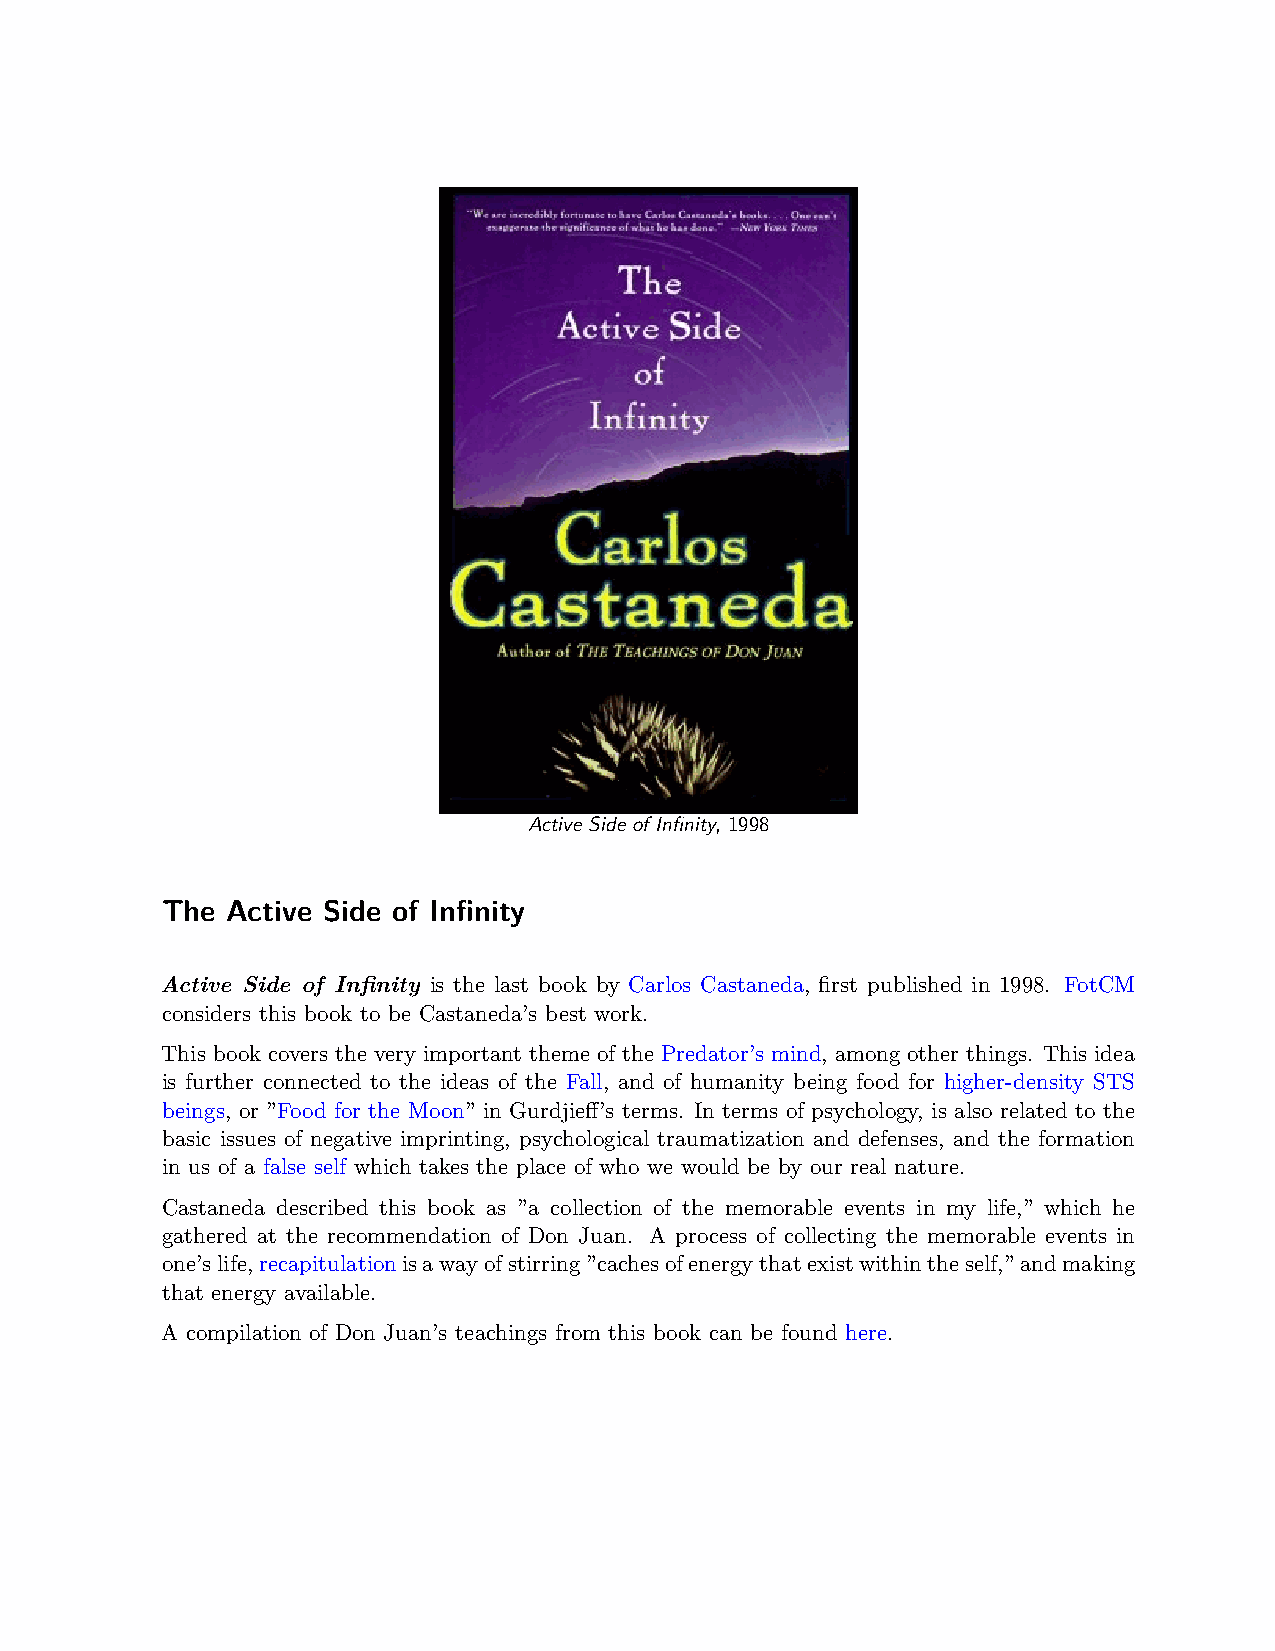
Active Side of Infinity, 1998
 The Active Side of Infinity
 Active Side of Infinity is the last book by Carlos Castaneda, first published in 1998. FotCM
 considers this book to be Castaneda’s best work.
 This book covers the very important theme of the Predator’s mind, among other things. This idea
 is further connected to the ideas of the Fall, and of humanity being food for higher-density STS
 beings, or ”Food for the Moon” in Gurdjieff’s terms. In terms of psychology, is also related to the
 basic issues of negative imprinting, psychological traumatization and defenses, and the formation
 in us of a false self which takes the place of who we would be by our real nature.
 Castaneda described this book as ”a collection of the memorable events in my life,” which he
 gathered at the recommendation of Don Juan. A process of collecting the memorable events in
 one’slife,recapitulationisawayofstirring”cachesofenergythatexistwithintheself,”andmaking
 that energy available.
 A compilation of Don Juan’s teachings from this book can be found here.